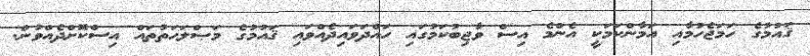
ޤައުމުގެ ހަމަޖެހުމާއި އަމާންކަމަކީ އެންމެ އިސް ވާޖިބުކަމުގައި ހައްދަވައިދެއްވައި ޤައުމުގެ މަޞްލަޙަތުތައް އިސްކޮށްދެއްވުން.